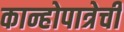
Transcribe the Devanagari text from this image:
कान्होपात्रेची